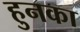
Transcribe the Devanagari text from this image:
हुनका